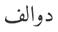
دوالف